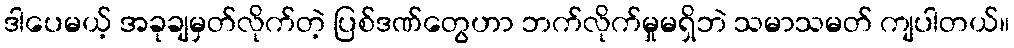
ဒါပေမယ့် အခုချမှတ်လိုက်တဲ့ ပြစ်ဒဏ်တွေဟာ ဘက်လိုက်မှုမရှိဘဲ သမာသမတ် ကျပါတယ်။